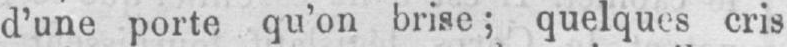
d’une porte qu’on brise; quelques cris